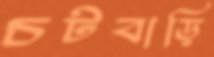
চটবাড়ি